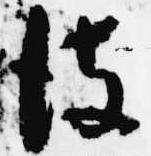
彼